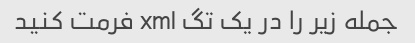
جمله زیر را در یک تگ xml فرمت کنید